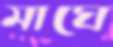
মাঘে